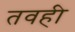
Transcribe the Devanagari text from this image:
तवही